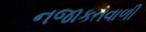
નજાકતવાળી